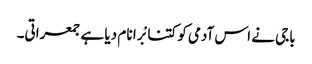
باجی نے اس آدمی کو کتنا بْرا نا م دیا ہے جمعراتی۔